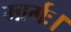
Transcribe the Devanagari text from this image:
मार्गः।